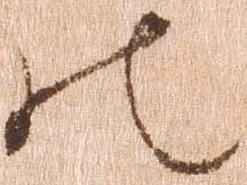
の